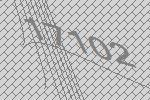
17102